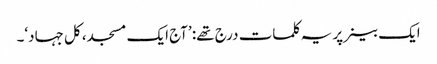
ایک بینر پر یہ کلمات درج تھے: ’آج ایک مسجد، کل جہاد‘۔